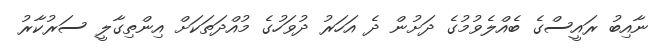
ނާއިބު ރައީސްގެ ބެއްލެވުމުގެ ދަށުން ދެ އަހަރު ދުވަހުގެ މުއްދަތަކަށް އިންތިގާލީ ސަރުކާރު